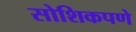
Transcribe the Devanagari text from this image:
सोशिकपणे